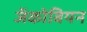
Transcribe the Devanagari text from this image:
जॅकोबियन